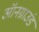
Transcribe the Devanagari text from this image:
ऑनग्राउंड